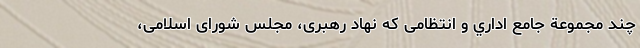
چند مجموعة جامع اداري و انتظامی كه نهاد رهبری، مجلس شورای اسلامی،